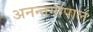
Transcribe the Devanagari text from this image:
अनन्तगोपाल